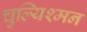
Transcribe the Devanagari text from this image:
चुल्यिश्मन